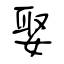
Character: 娶